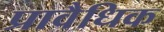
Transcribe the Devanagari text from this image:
प्रावैधिक